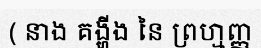
( នាង គង្ហីង នៃ ព្រហ្មញ្ញ